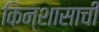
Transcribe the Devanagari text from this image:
किन्शासाची